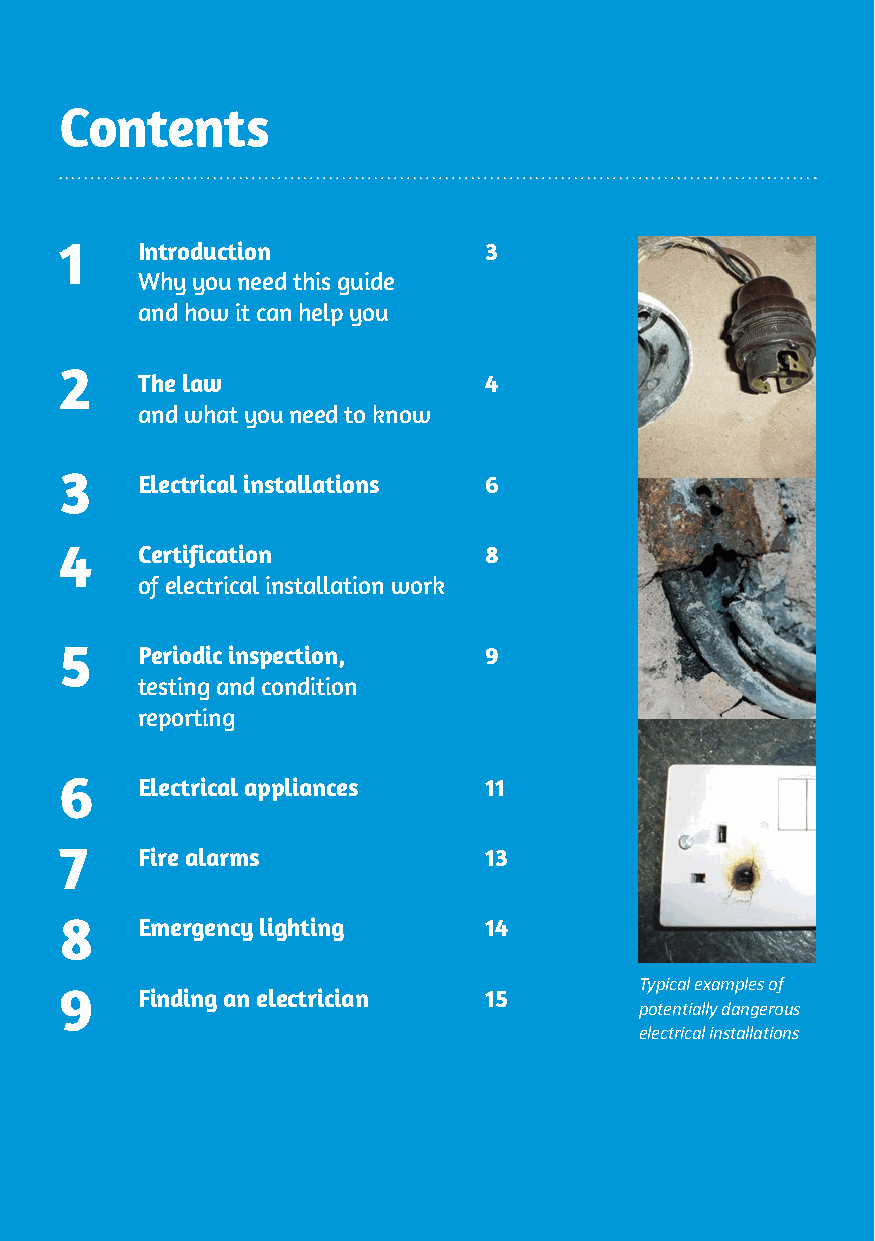
Contents
 1    Introduction           3
 Why you need this guide
 and how it can help you
 2
 The law                4
 and what you need to know
 3
 Electrical installations 6
 4    Certification          8
 of electrical installation work
 5    Periodic inspection,   9
 testing and condition
 reporting
 6
 Electrical appliances  11
 7    Fire alarms            13
 8    Emergency lighting     14
 Typical examples of
 9    Finding an electrician 15
 potentially dangerous
 electrical installations